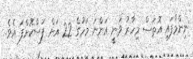
ނިންމާފައި އޮތަސް މިހާރު ވަނީ އަންނަ މަހުގެ 22 އަށް ފަސްކޮށްފަ އެވެ.